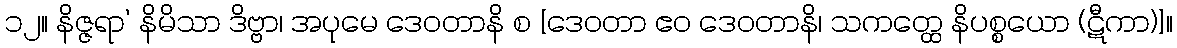
၁၂။ နိဇ္ဇရာ’ နိမိသာ ဒိဗ္ဗာ၊ အပုမေ ဒေဝတာနိ စ [ဒေဝတာ ဧဝ ဒေဝတာနိ၊ သကတ္ထေ နိပစ္စယော (ဋီကာ)]။